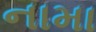
નામા